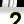
Digit: 2